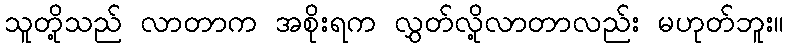
သူတို့သည် လာတာက အစိုးရက လွှတ်လို့လာတာလည်း မဟုတ်ဘူး။